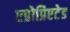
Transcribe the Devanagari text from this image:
एप्रोप्रिएटेड